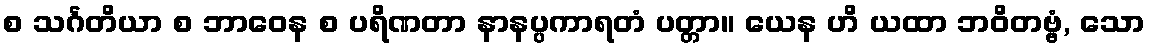
စ သင်္ဂတိယာ စ ဘာဝေန စ ပရိဏတာ နာနပ္ပကာရတံ ပတ္တာ။ ယေန ဟိ ယထာ ဘဝိတဗ္ဗံ, သော